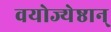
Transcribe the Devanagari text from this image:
वयोज्येष्ठान्‌